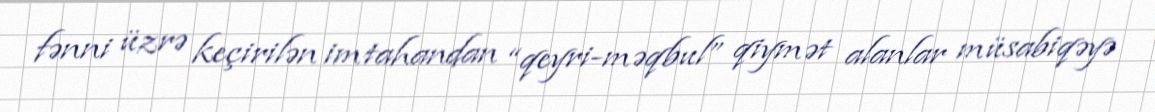
fənni üzrə keçirilən imtahandan “qeyri-məqbul” qiymət alanlar müsabiqəyə